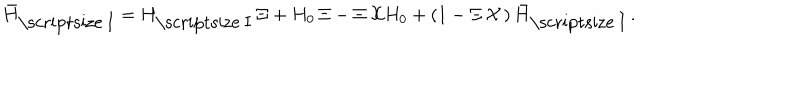
{ \bar { H } } _ { \mathrm { \scriptsize ~ I } } = H _ { \mathrm { \scriptsize ~ I } } \, \Xi + H _ { 0 } \, { \Xi } - \Xi \, { \cal X } H _ { 0 } + \left( 1 - \Xi \, { \cal X } \, \right) { \bar { H } } _ { \mathrm { \scriptsize ~ I } } \, .